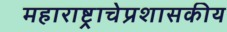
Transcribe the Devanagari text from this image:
महाराष्ट्राचेप्रशासकीय